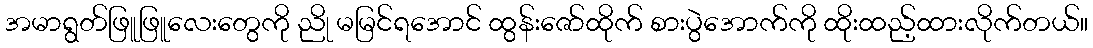
အမာရွတ်ဖြူဖြူလေးတွေကို ညို မမြင်ရအောင် ထွန်းဇော်ထိုက် စားပွဲအောက်ကို ထိုးထည့်ထားလိုက်တယ်။